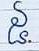
៥.